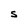
Character: S